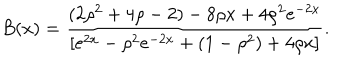
B ( x ) = \frac { ( 2 \rho ^ { 2 } + 4 \rho - 2 ) - 8 \rho x + 4 \rho ^ { 2 } e ^ { - 2 x } } { [ e ^ { 2 x } - \rho ^ { 2 } e ^ { - 2 x } + ( 1 - \rho ^ { 2 } ) + 4 \rho x ] } .